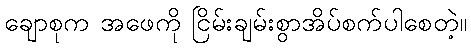
ချောစုက အဖေကို ငြိမ်းချမ်းစွာအိပ်စက်ပါစေတဲ့။